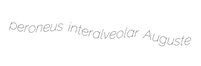
peroneus interalveolar Auguste